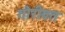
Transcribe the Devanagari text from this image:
गौरीव्रत